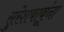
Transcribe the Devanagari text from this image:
सुरेशबाबूंना